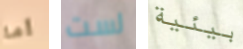
أما لست بيئية